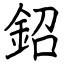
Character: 鉊